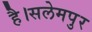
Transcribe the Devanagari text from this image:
है।सलेमपुर